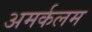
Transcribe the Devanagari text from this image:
अमर्कलम